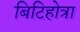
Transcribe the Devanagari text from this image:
बिटिहोत्रा